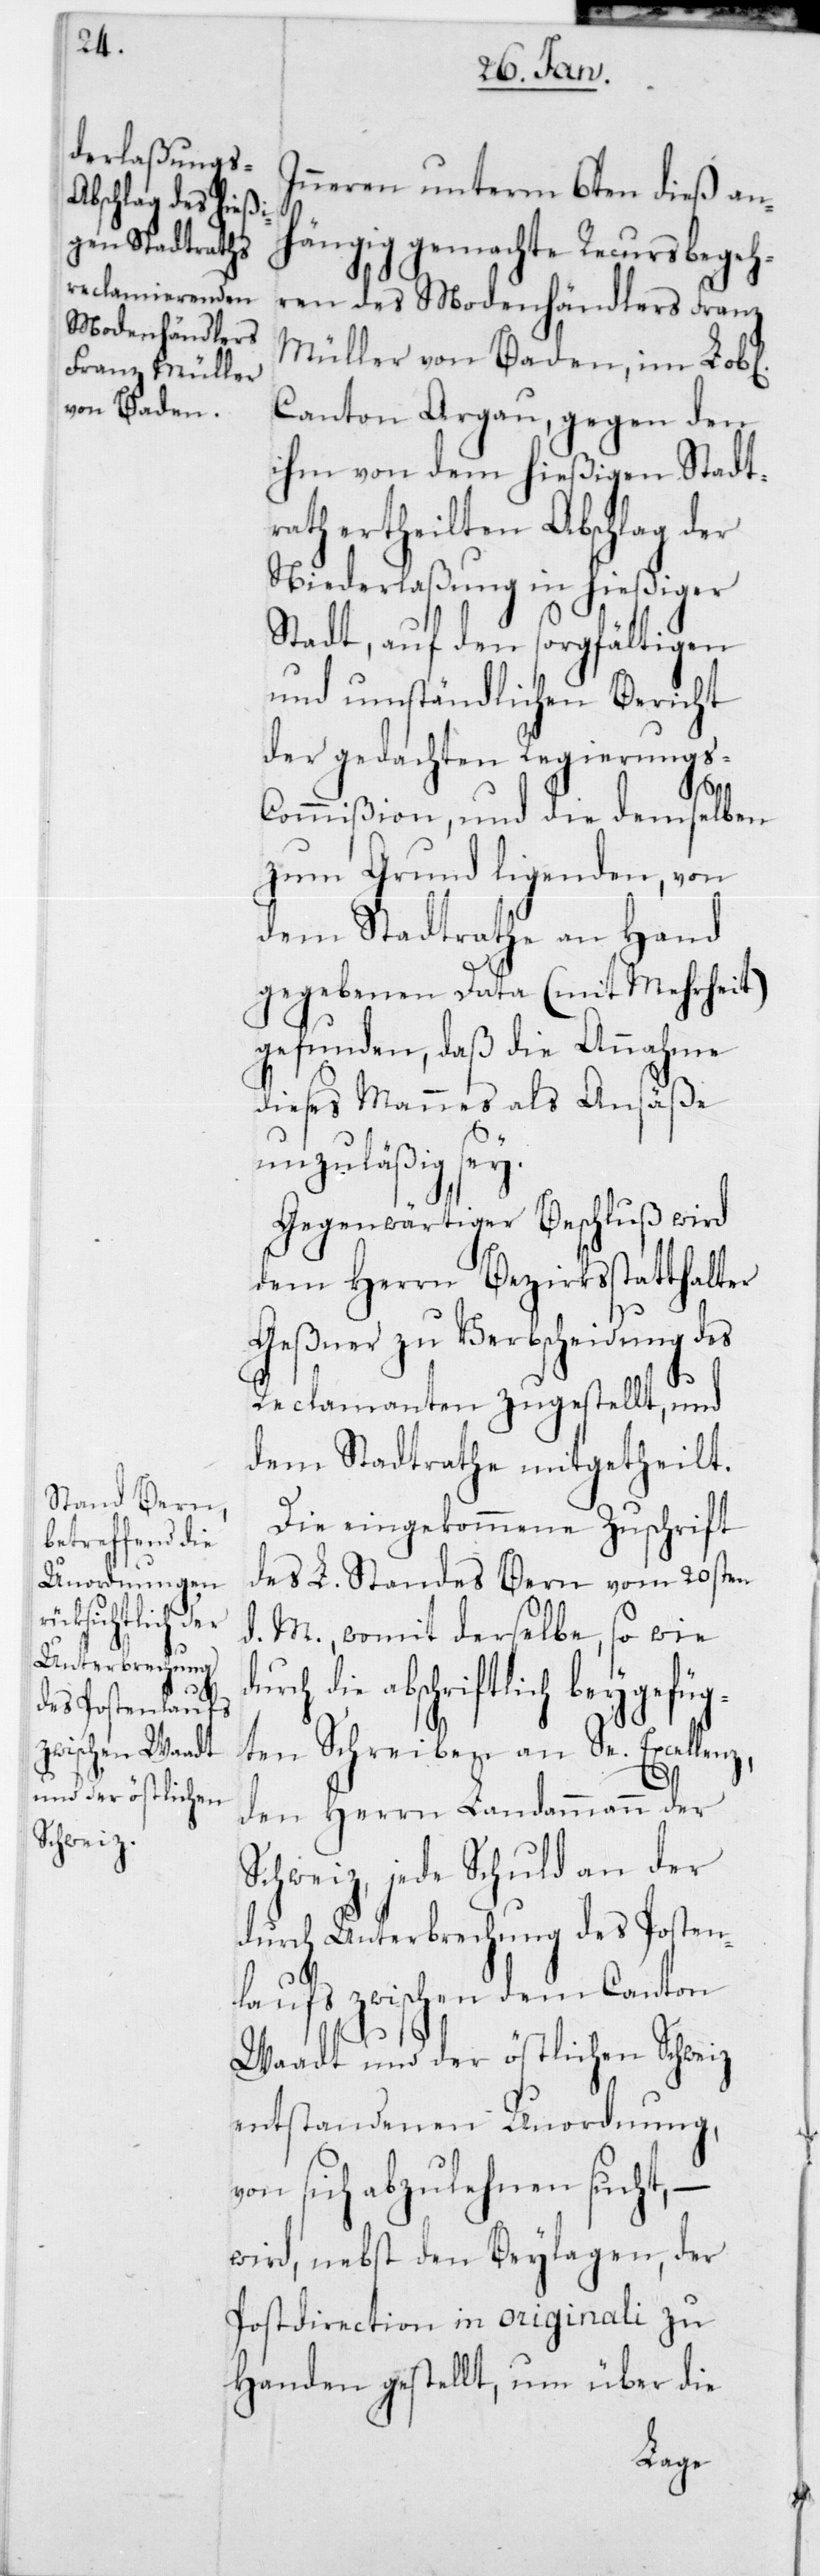
Innern unterm 6ten dieß an¬
hängig gemachte Recursbegeh¬
ren des Modenhändlers Franz
Müller von Baden, im Lobl.
Canton Aargau, gegen den
ihm von dem hießigen Stadt¬
rath ertheilten Abschlag der
Niederlaßung in hießiger
Stadt, auf den sorgfältigen
und umständlichen Bericht
der gedachten Regierungs-C¬
du¬
ommißion, und die demselben
zum Grund liegenden, von
dem Stadtrathe an Hand
gegebenen Data (mit Mehrheit)
gefunden, daß die Annahme
dieses Mannes als Ansäße
unzuläßig sey.
Gegenwärtiger Beschluß wird
dem Herrn Bezirksstatthalter
Geßner zu Verbscheidung des
Reclamanten zugestellt, und
dem Stadtrathe mitgetheilt.
Die eingekommene Zuschrift
des L. Standes Bern vom 20sten
d. M., womit derselbe, so wie
rch die abschriftlich beygefüg¬
ten Schreiben an Se. Excellenz,
den Herrn Landammann der
Schweiz, jede Schuld an der
durch Unterbrechung des Posten¬
laufs zwischen dem Canton
Waadt und der östlichen Schweiz
entstandenen Unordnung,
von sich abzulehnen sucht, –
wird, nebst den Beylagen, der
Postdirection in originali zu
Handen gestellt, um über die